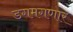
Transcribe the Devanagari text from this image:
डगमगणार